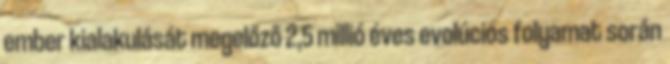
ember kialakulását megelőző 2,5 millió éves evolúciós folyamat során